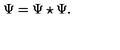
\Psi = \Psi \star \Psi .